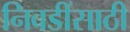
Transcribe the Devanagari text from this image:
निवडींसाठी